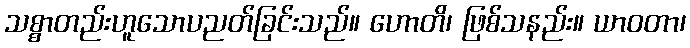
သစ္စာတည်းဟူသောပညတ်ခြင်းသည်။ ဟောတိ၊ ဖြစ်သနည်း။ ယာဝတာ၊